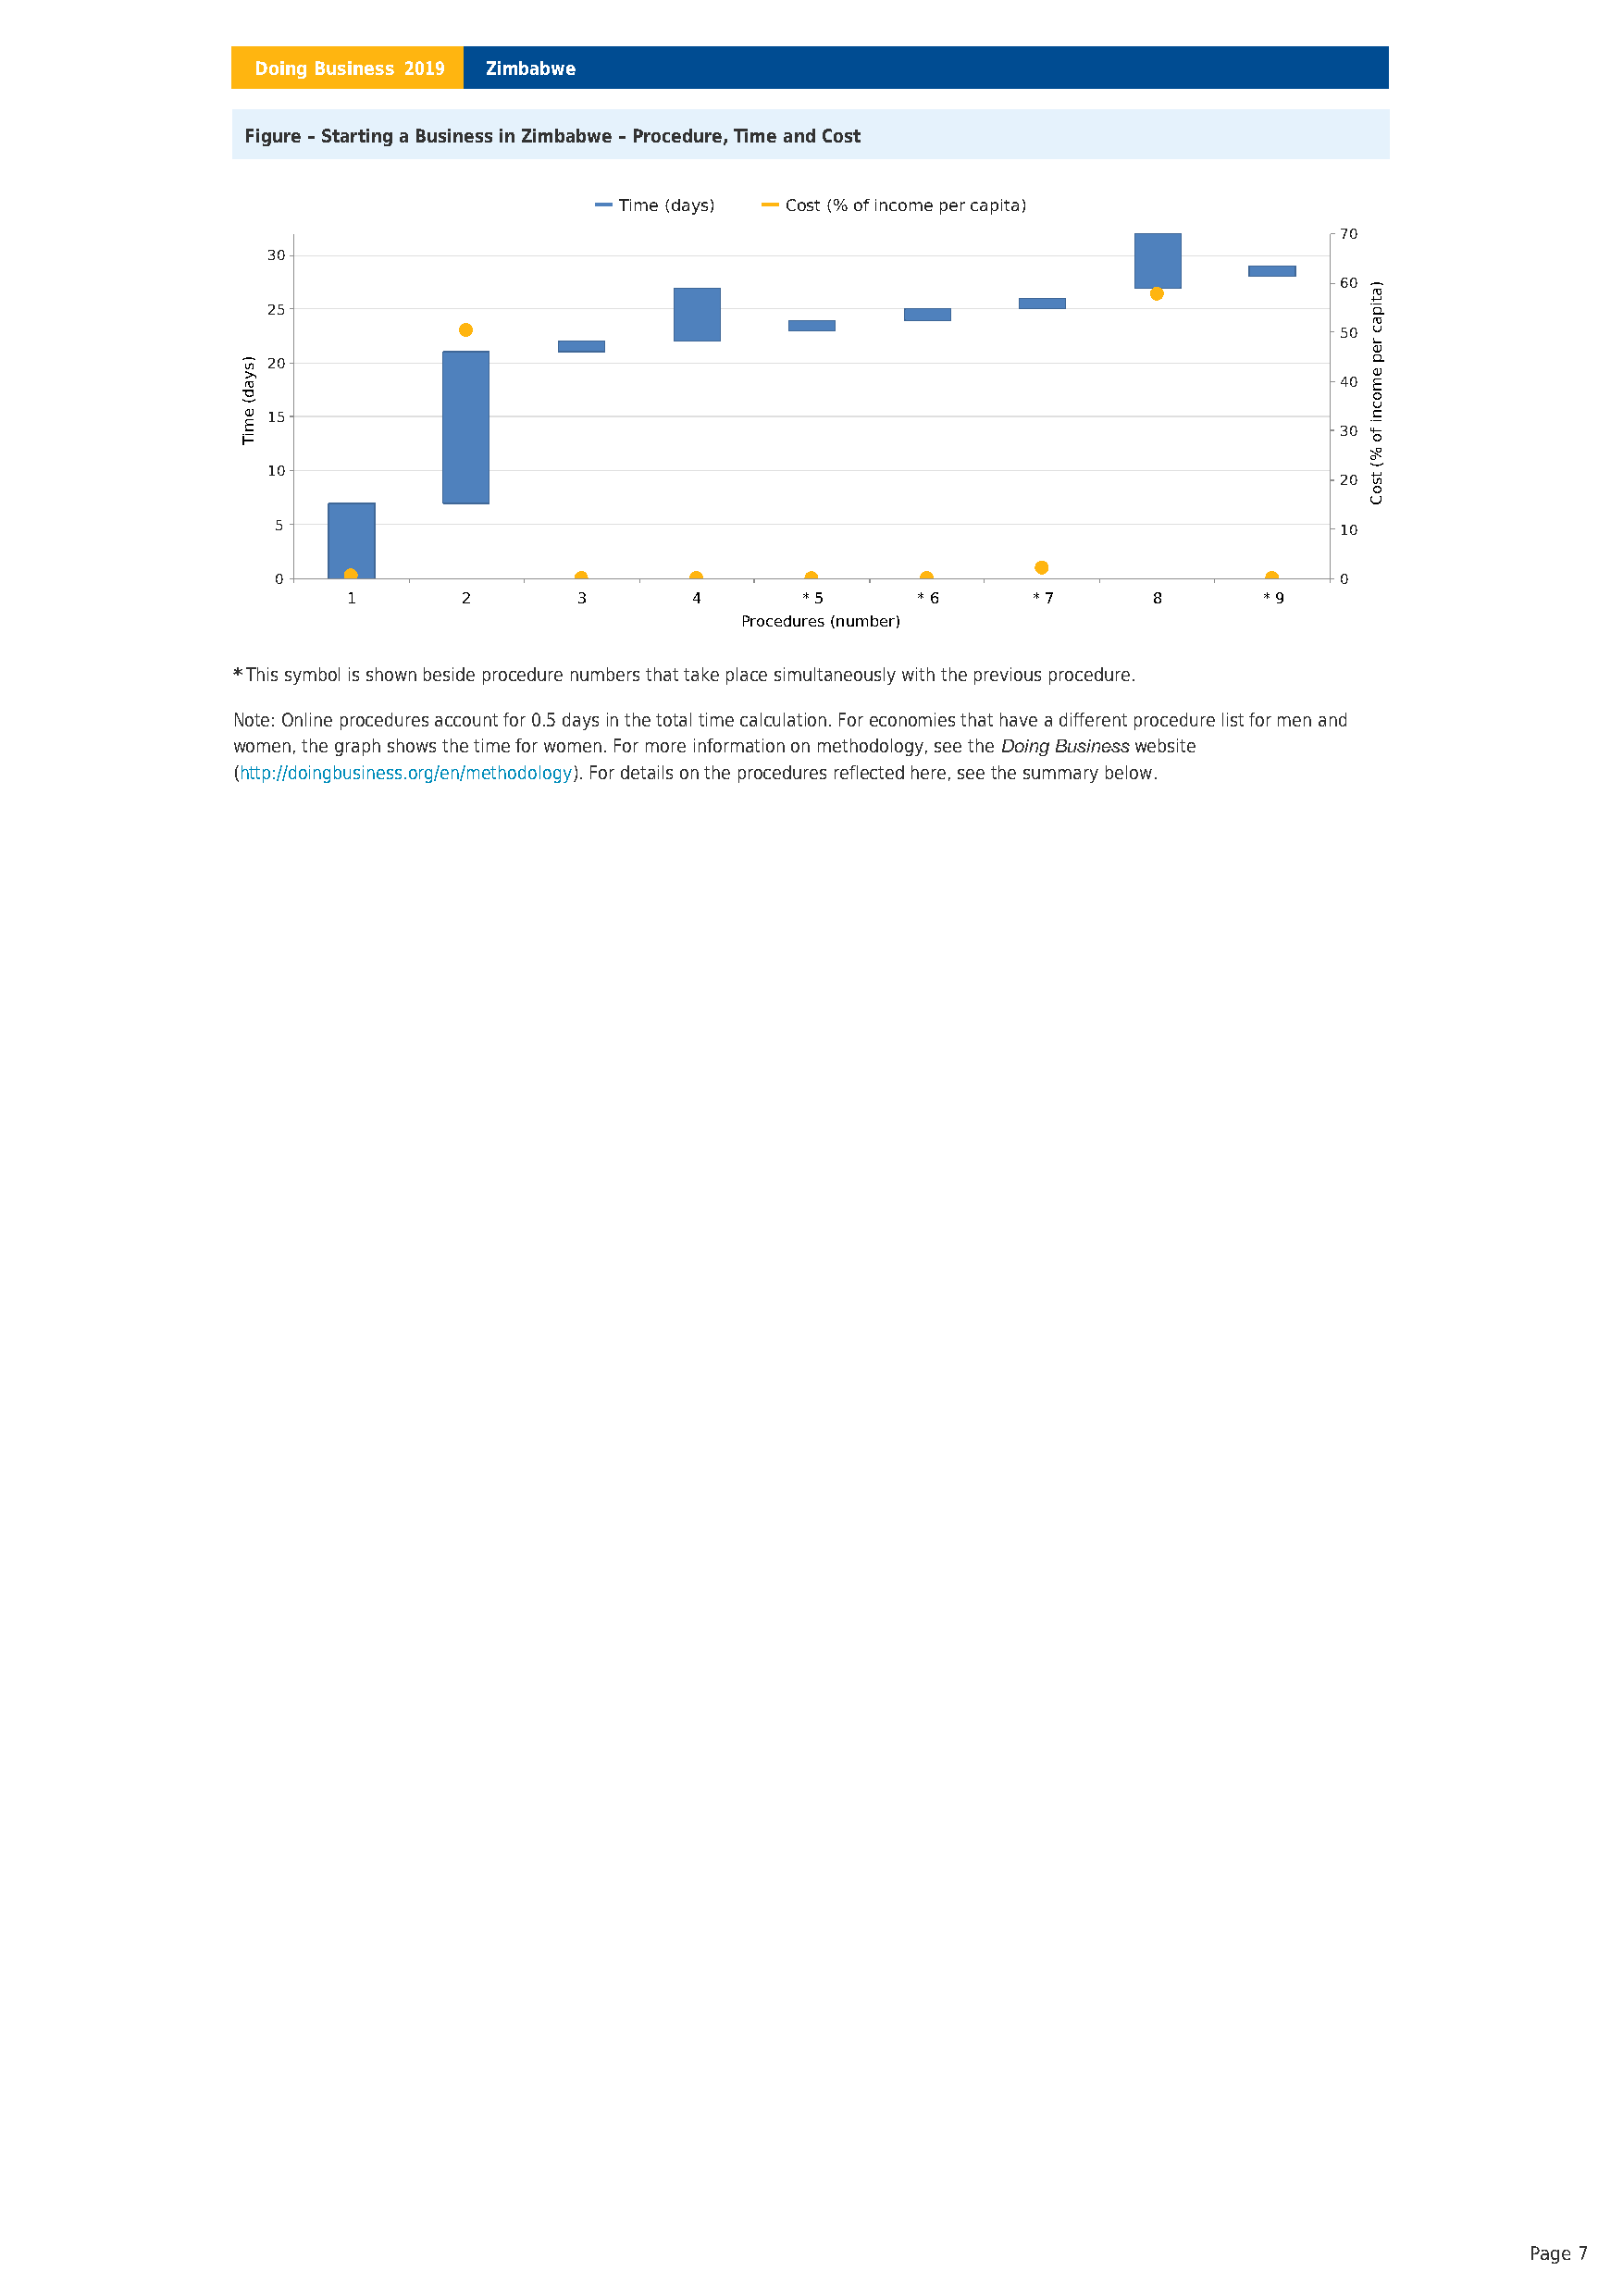
Doing Business 2019 Zimbabwe
 Figure – Starting a Business in Zimbabwe – Procedure, Time and Cost
 Time (days) Cost (% of income per capita)
 70
 30
 60
 25
 50
 20
 40
 15
 30
 10
 20
 5                                                                           10
 0                                                                           0
 1       2       3        4      * 5      * 6     * 7     8       * 9
 Procedures (number)
 *This symbol is shown beside procedure numbers that take place simultaneously with the previous procedure.
 Note: Online procedures account for 0.5 days in the total time calculation. For economies that have a different procedure list for men and
 women, the graph shows the time for women. For more information on methodology, see theDoing Businesswebsite
 (http://doingbusiness.org/en/methodology). For details on the procedures reflected here, see the summary below.
 Page 7
 )syad(
 emiT
 )atipac
 rep
 emocni
 fo
 %(
 tsoC